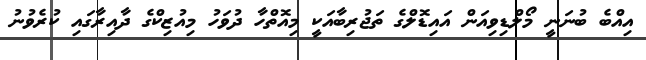
އިއްބެ ބުނަނީ މޯލްޑިވިއަން އައިޑޮލްގެ ތަޖުރިބާއަކީ މިއޮތްހާ ދުވަހު މިއުޒިކްގެ ދާއިރާގައި ކުރެވުނު